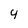
Character: 4